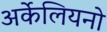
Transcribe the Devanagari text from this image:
अर्केलियनो